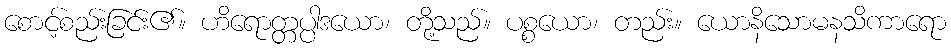
စောင့်စည်းခြင်း၏။ ဟိရောတ္တပ္ပါဒယော၊ တို့သည်။ ပစ္စယော၊ တည်း။ ယောနိသောမနသိကာရော